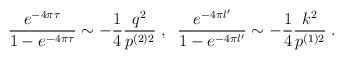
LaTeX: \begin{align*}\frac {e^{-4\pi \tau}}{1 - e^{-4\pi \tau}} \sim- \frac 14 \frac {q^2}{p^{(2)2}} \;,\;\;\frac {e^{-4\pi l^\prime}}{1 - e^{-4\pi l^\prime}} \sim - \frac 14 \frac {k^2}{p^{(1)2}}\;.\end{align*}